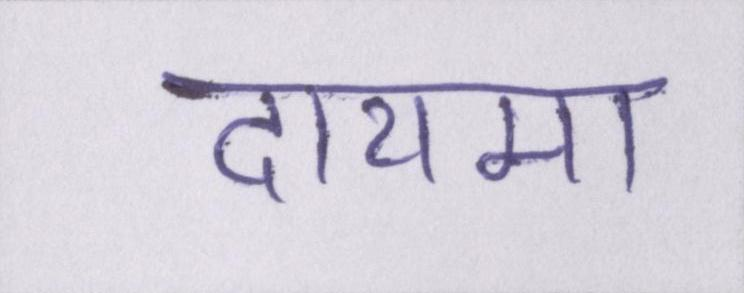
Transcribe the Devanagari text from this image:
दायमा